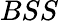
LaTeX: BSS